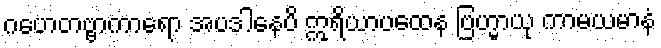
ဂဟေတဗ္ဗာကာရော အပဒါနေပိ ဣရိယာပထေန ဗြဟ္မာယု ကာမယမာနံ